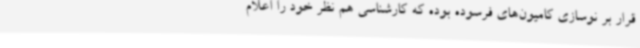
قرار بر نوسازی کامیون‌های فرسوده بوده که کارشناسی هم نظر خود را اعلام